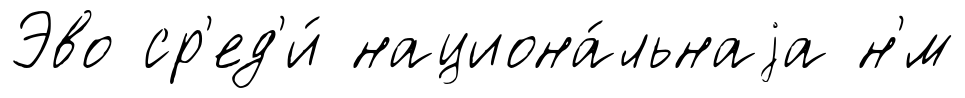
Эво ср'ед'и́ национа́льнаjа н'́м